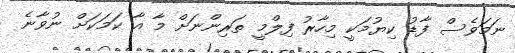
ނަމަވެސް ފާޑު ކިޔުމަކީ މިހާރު ފިލްމީ ތަރިންނަށް މާ އާ ކަމަކަށް ނުވާނެ